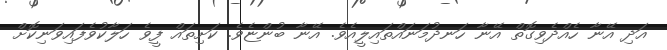
އަދި އޭނާ ހެއްދެވިގޮތް އޭނާ ހަނދުމަނައްތައިލީއެވެ. އޭނާ ބުންޏެވެ. ކަށިތައް ފީވެ ހަލާކުވެފައިވަނިކޮށް